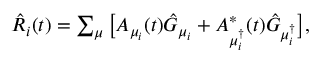
\begin{array} { r } { \hat { R } _ { i } ( t ) = \sum _ { \mu } \big [ A _ { \mu _ { i } } ( t ) \hat { G } _ { \mu _ { i } } + A _ { \mu _ { i } ^ { \dagger } } ^ { * } ( t ) \hat { G } _ { \mu _ { i } ^ { \dagger } } \big ] , } \end{array}